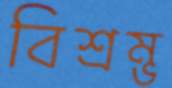
বিশ্রম্ভ